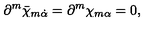
\partial ^ { m } \bar { \chi } _ { m \dot { \alpha } } = \partial ^ { m } \chi _ { m \alpha } = 0 ,